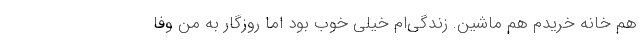
هم خانه خریدم هم ماشین. زندگی‌ام خیلی خوب بود اما روزگار به من وفا